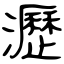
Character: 瀝